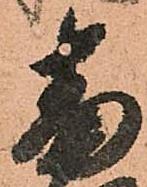
番